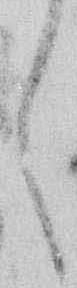
し